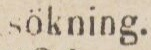
sökning.